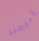
بأنفسنا